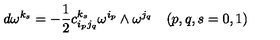
d \omega ^ { k _ { s } } = - \frac { 1 } { 2 } c _ { i _ { p } j _ { q } } ^ { k _ { s } } \omega ^ { i _ { p } } \wedge \omega ^ { j _ { q } } \quad ( p , q , s = 0 , 1 )